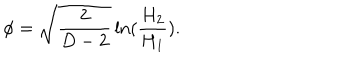
\phi = \sqrt { \frac { 2 } { D - 2 } } \ln ( \frac { H _ { 2 } } { H _ { 1 } } ) .